Note on the mental hospitals in Burma - 1925-1940
Year: 1925
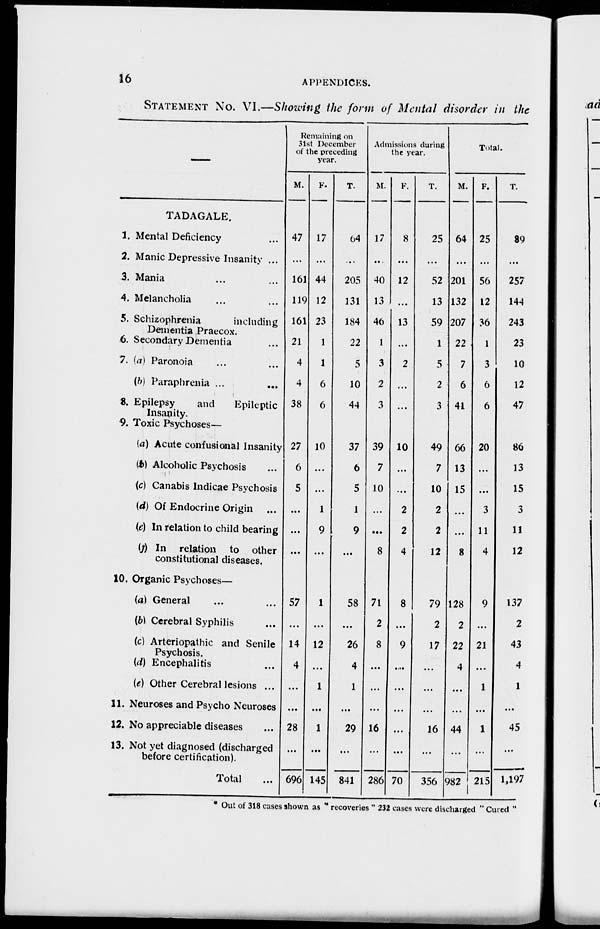
16
APPENDICES.
STATEMENT No. VI.—Showing the form of Mental disorder in the
—
TADAGALE.
1.
2.
3.
4.
5.
6.
7.
8.
9.
10.
11.
12.
13.
Mental Deficiency ...
Manic Depressive Insanity ...
Mania ... ...
Melancholia ... ...
Schizophrenia
including
Dementia Praecox.
Secondary Dementia ...
(a) Paronoia ... ...
(b) Paraphrenia ...
...
Epilepsy
and
Epileptic
Insanity.
Toxic Psychoses—
(a) Acute confusional Insanity
(b) Alcoholic Psychosis ...
(c) Canabis Indicae Psychosis
(d) Of Endocrine Origin ...
(c) In relation to child bearing
(f) In relation to other
constitutional diseases.
Organic Psychoses—
(a) General ... ...
(b) Cerebral Syphilis ...
(c) Arteriopathic and Senile
Psychosis.
(d) Encephalitis ...
(e) Other Cerebral lesions ...
Neuroses and Psycho Neuroses
No appreciable diseases ...
Not yet diagnosed (discharged
before certification).
Total ...
Remaining on
31st December
of the preceding
year.
M.
47
...
161
119
161
21
4
4
38
27
6
5
...
...
...
57
...
14
4
...
...
28
...
696
F.
17
...
44
12
23
1
1
6
6
10
...
...
1
9
...
1
...
12
...
1
...
1
...
145
T.
64
...
205
131
184
22
5
10
44
37
6
5
1
9
...
58
...
26
4
1
...
29
...
841
Admissions during
the year.
M.
17
...
40
13
46
1
3
2
3
39
7
10
...
...
8
71
2
8
...
...
...
16
...
286
F.
8
...
12
...
13
...
2
...
...
10
...
...
2
2
4
8
...
9
...
...
...
...
...
70
T.
25
...
52
13
59
1
5
2
3
49
7
10
2
2
12
79
2
17
...
...
...
16
...
356
Total.
M.
64
...
201
132
207
22
7
6
41
66
13
15
...
...
8
128
2
22
4
...
...
44
...
982
F.
25
...
56
12
36
1
3
6
6
20
...
...
3
11
4
9
...
21
...
1
...
1
...
215
T.
89
...
257
144
243
23
10
12
47
86
13
15
3
11
12
137
2
43
4
1
...
45
...
1,197
* Out of 318 cases shown as " recoveries " 232 cases were discharged " Cured "